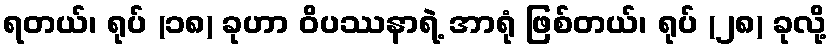
ရတယ်၊ ရုပ် (၁၈) ခုဟာ ဝိပဿနာရဲ့ အာရုံ ဖြစ်တယ်၊ ရုပ် (၂၈) ခုလို့